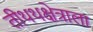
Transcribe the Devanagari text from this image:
तीथथक्षेत्राला